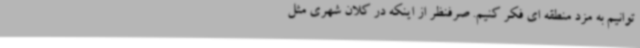
توانیم به مزد منطقه ای فکر کنیم. صرفنظر از اینکه در کلان شهری مثل